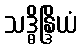
သဒ္ဓိန္ဒြိယံ